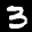
Label: 3